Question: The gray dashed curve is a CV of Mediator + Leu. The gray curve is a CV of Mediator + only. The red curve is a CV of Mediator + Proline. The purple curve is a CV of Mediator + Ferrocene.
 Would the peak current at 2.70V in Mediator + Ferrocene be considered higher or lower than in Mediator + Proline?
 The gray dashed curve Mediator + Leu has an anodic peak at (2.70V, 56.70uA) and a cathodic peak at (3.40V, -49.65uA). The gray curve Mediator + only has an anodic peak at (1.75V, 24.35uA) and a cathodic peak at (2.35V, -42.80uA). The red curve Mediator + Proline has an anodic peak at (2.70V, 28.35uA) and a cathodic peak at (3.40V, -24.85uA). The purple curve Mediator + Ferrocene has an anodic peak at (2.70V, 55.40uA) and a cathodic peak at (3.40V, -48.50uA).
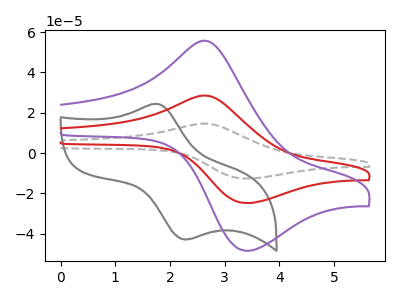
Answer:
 <answer>The peak at 2.70V is higher in "Mediator + Ferrocene" than in "Mediator + Proline".</answer>
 <eval>higher</eval>